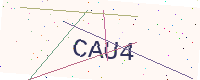
Text: CAU4